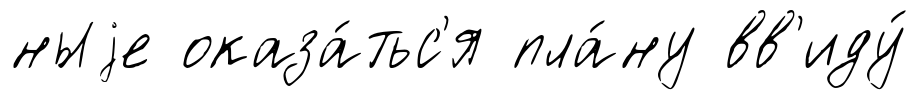
ныjе оказа́тьс'я пла́ну вв'иду́